Document type: Grant of rights
Year: 1254
Scribe: Jaume de Port
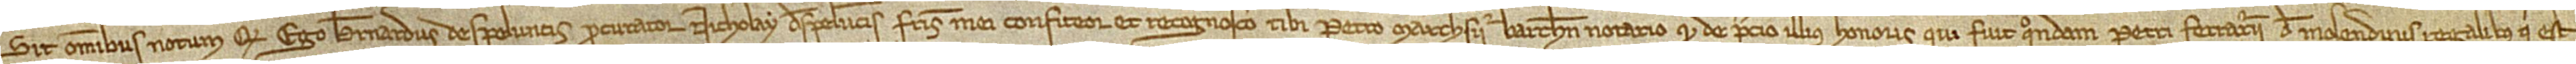
Sit omnibus notum quod ego Bernardus de Speluncis, procurator Nicholay de Speluncis, fratris mei, confiteor et recognosco tibi Petro Marchesii, Barchinone notario, quod de precio illius honoris qui fuit quondam Petri Ferrarii, de Molendinis Regalibus, qui est